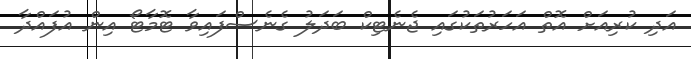
އަދި ކުރިއަށް އޮތް އަހަރުތަކުގައި ޖެނެޓިކް ބަދަލު ގެނެސްފައިވާ ޓޮމާޓޯ އިން އުފައްދާ